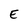
Character: E